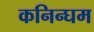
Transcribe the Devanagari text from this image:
कनिन्घम